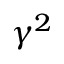
\gamma ^ { 2 }